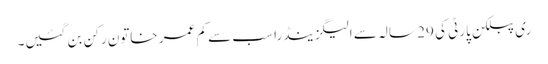
ری پبلکن پارٹی کی 29 سالہ سے الیگزینڈرا سب سے کم عمر خاتون رکن بن گئیں۔